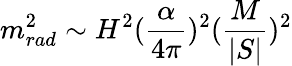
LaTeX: m_{rad}^{2}\sim H^{2}({\frac{\alpha}{4\pi}})^{2}({\frac{M}{|S|}})^{2}